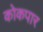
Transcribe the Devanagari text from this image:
कोकपार